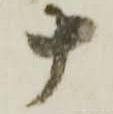
十